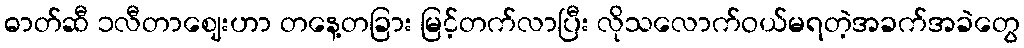
ဓာတ်ဆီ ၁လီတာဈေးဟာ တနေ့တခြား မြင့်တက်လာပြီး လိုသလောက်ဝယ်မရတဲ့အခက်အခဲတွေ